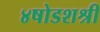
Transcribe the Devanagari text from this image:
४षोडशश्री